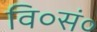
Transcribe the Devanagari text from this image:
वि०सं०